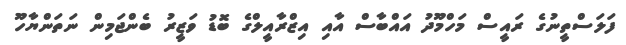
ފަލަސްތީނުގެ ރައީސް މަހްމޫދު އައްބާސް އާއި އިޒްރާއީލްގެ ބޮޑު ވަޒީރު ބެންޖަމިން ނަތަންޔާހޫ